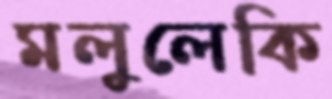
মলুলেকি